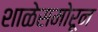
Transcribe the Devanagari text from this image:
शाळेसमोरून